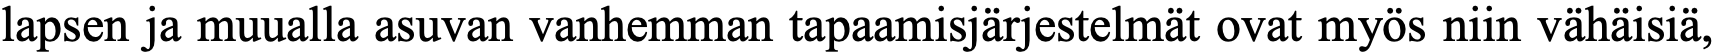
lapsen ja muualla asuvan vanhemman tapaamisjärjestelmät ovat myös niin vähäisiä,